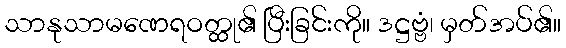
သာနုသာမဏေရဝတ္ထု၏ ပြီးခြင်းကို။ ဒဋ္ဌဗ္ဗံ၊ မှတ်အပ်၏။